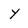
Character: Y